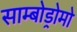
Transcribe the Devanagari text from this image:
साम्बोड्रोमो